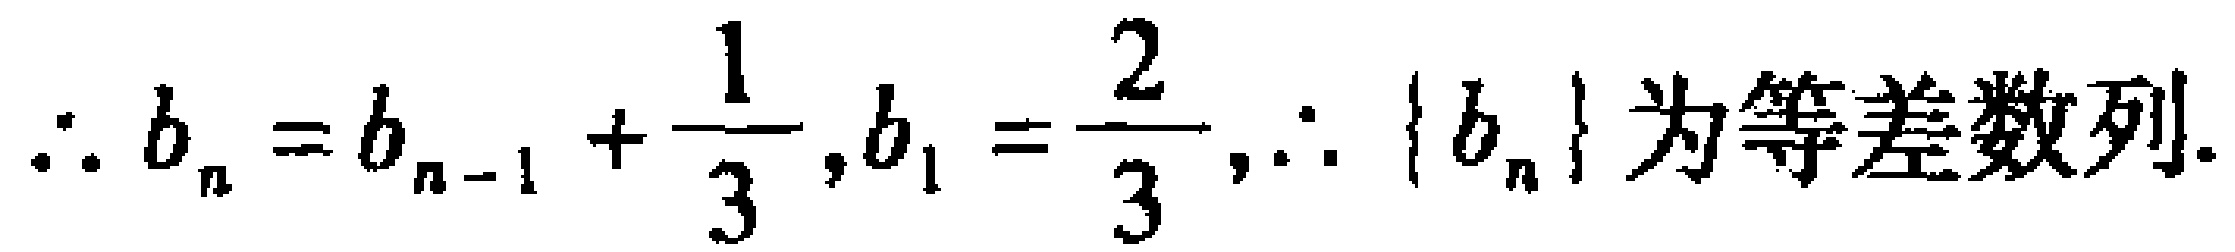
$\therefore b_{n}=b_{n - 1}+\frac{1}{3},b_{1}=\frac{2}{3},\therefore \{ b_{n}\} 为等差数列.$